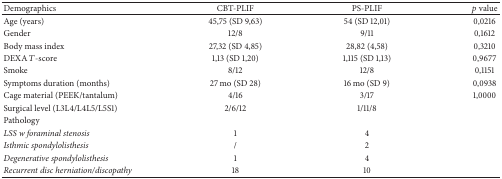
| Demographics | CBT-PLIF | PS-PLIF | p value |
 | --- | --- | --- | --- |
 | Age (years) | 45,75 (SD 9,63) | 54 (SD 12,01) | 0,0216 |
 | Gender | 12/8 | 9/11 | 0,1612 |
 | Body mass index | 27,32 (SD 4,85) | 28,82 (4,58) | 0,3210 |
 | DEXA T-score | 1,13 (SD 1,20) | 1,115 (SD 1,13) | 0,9677 |
 | Smoke | 8/12 | 12/8 | 0,1151 |
 | Symptoms duration (months) | 27 mo (SD 28) | 16 mo (SD 9) | 0,0938 |
 | Cage material (PEEK/tantalum) | 4/16 | 3/17 | 1,0000 |
 | Surgical level (L3L4/L4L5/L5S1) | 2/6/12 | 1/11/8 |  |
 | Pathology |  |  |  |
 | LSS w foraminal stenosis | 1 | 4 |  |
 | Isthmic spondylolisthesis | / | 2 |  |
 | Degenerative spondylolisthesis | 1 | 4 |  |
 | Recurrent disc herniation/discopathy | 18 | 10 |  |